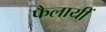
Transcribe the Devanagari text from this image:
फैलायीं